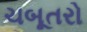
ચબૂતરો